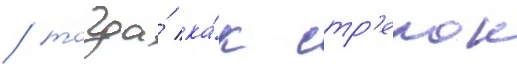
/ тогда́ ка́к стр'елок